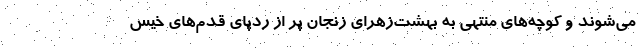
می‌شوند و کوچه‌های منتهی به بهشت‌زهرای زنجان پر از ردپای قدم‌های خیس